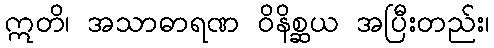
ဣတိ၊ အသာဓာရဏ ဝိနိစ္ဆယ အပြီးတည်း၊